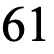
61